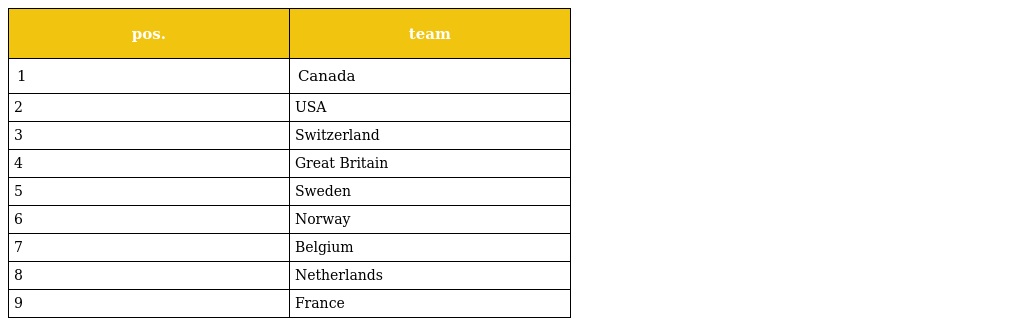
| pos. | team |
 | --- | --- |
 | 1 | Canada |
 | 2 | USA |
 | 3 | Switzerland |
 | 4 | Great Britain |
 | 5 | Sweden |
 | 6 | Norway |
 | 7 | Belgium |
 | 8 | Netherlands |
 | 9 | France |